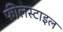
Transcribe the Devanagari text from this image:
फीलस्टाइल